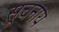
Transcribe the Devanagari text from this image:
सूचनाये